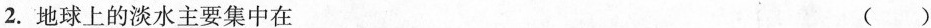
2.地球上的淡水主要集中在 ( )